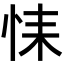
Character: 𢙩